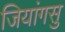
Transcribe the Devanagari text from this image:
जियांगसु